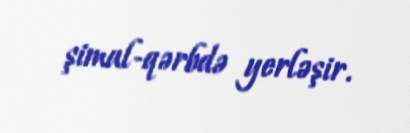
şimal-qərbdə yerləşir.